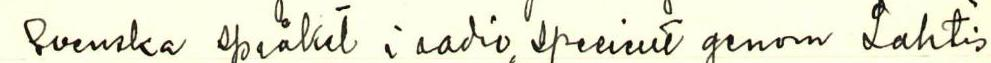
Svenska språket i radio, specielt genom Lahtis